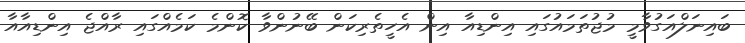
ބައިނަލްއަގުވާމީ މުޖުތަމައުގައި އިންޑިއާ އިން އެހީތެރިކަން ބޭނުންވާ ކޮންމެ ކަމެއްގައި ރާއްޖެ އިންޑިއާއާ